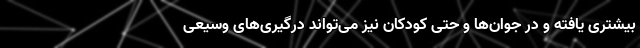
بیشتری یافته و در جوان‌ها و حتی کودکان نیز می‌تواند درگیری‌های وسیعی